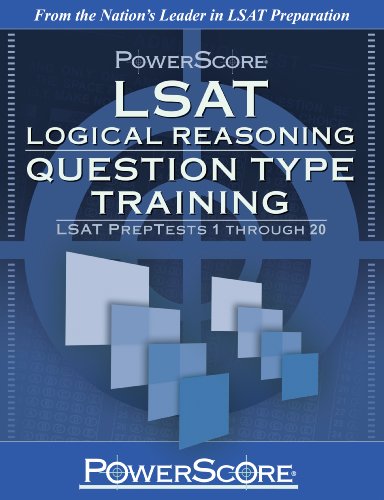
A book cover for PowerScore LSAT Logical Reasoning: Question Type Training (Powerscore Test Preparation); David M. Killoran; Test Preparation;